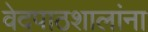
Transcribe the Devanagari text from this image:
वेदपाठशालांना